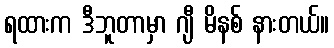
ရထားက ဒီဘူတာမှာ ဂျီ မိနစ် နားတယ်။